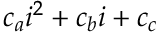
c _ { a } i ^ { 2 } + c _ { b } i + c _ { c }